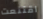
اقتنعت